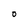
Character: O